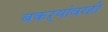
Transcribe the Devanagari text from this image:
बकऱ्यांवरही